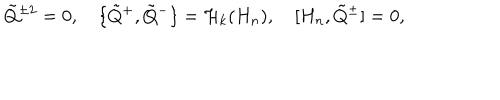
LaTeX: \tilde { Q } { } ^ { \pm 2 } = 0 , \quad \{ \tilde { Q } { } ^ { + } , \tilde { Q } { } ^ { - } \} = { \cal H } _ { k } ( H _ { n } ) , \quad [ H _ { n } , \tilde { Q } { } ^ { \pm } ] = 0 ,